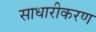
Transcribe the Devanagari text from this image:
साधारीकरण